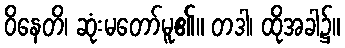
ဝိနေတိ၊ ဆုံးမတော်မူ၏။ တဒါ၊ ထိုအခါ၌။